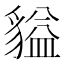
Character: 貖